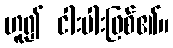
ဟူ၍ ငါးပါးဖြစ်၏။